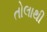
તોલાથી